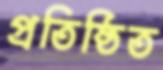
প্রতিষ্ঠিত